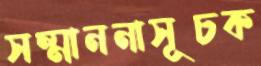
সম্মাননাসূচক